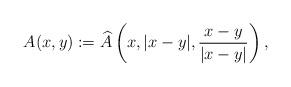
LaTeX: \begin{align*} A(x,y):=\widehat A \left (x,|x-y|,\frac{x-y}{|x-y|} \right ),\end{align*}